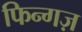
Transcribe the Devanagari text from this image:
फिन्गज़